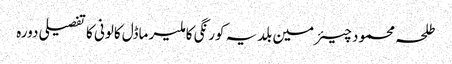
طلحہ محمود	 چیئرمین بلدیہ کورنگی کا ملیر ماڈل کالونی کا تفصیلی دورہ